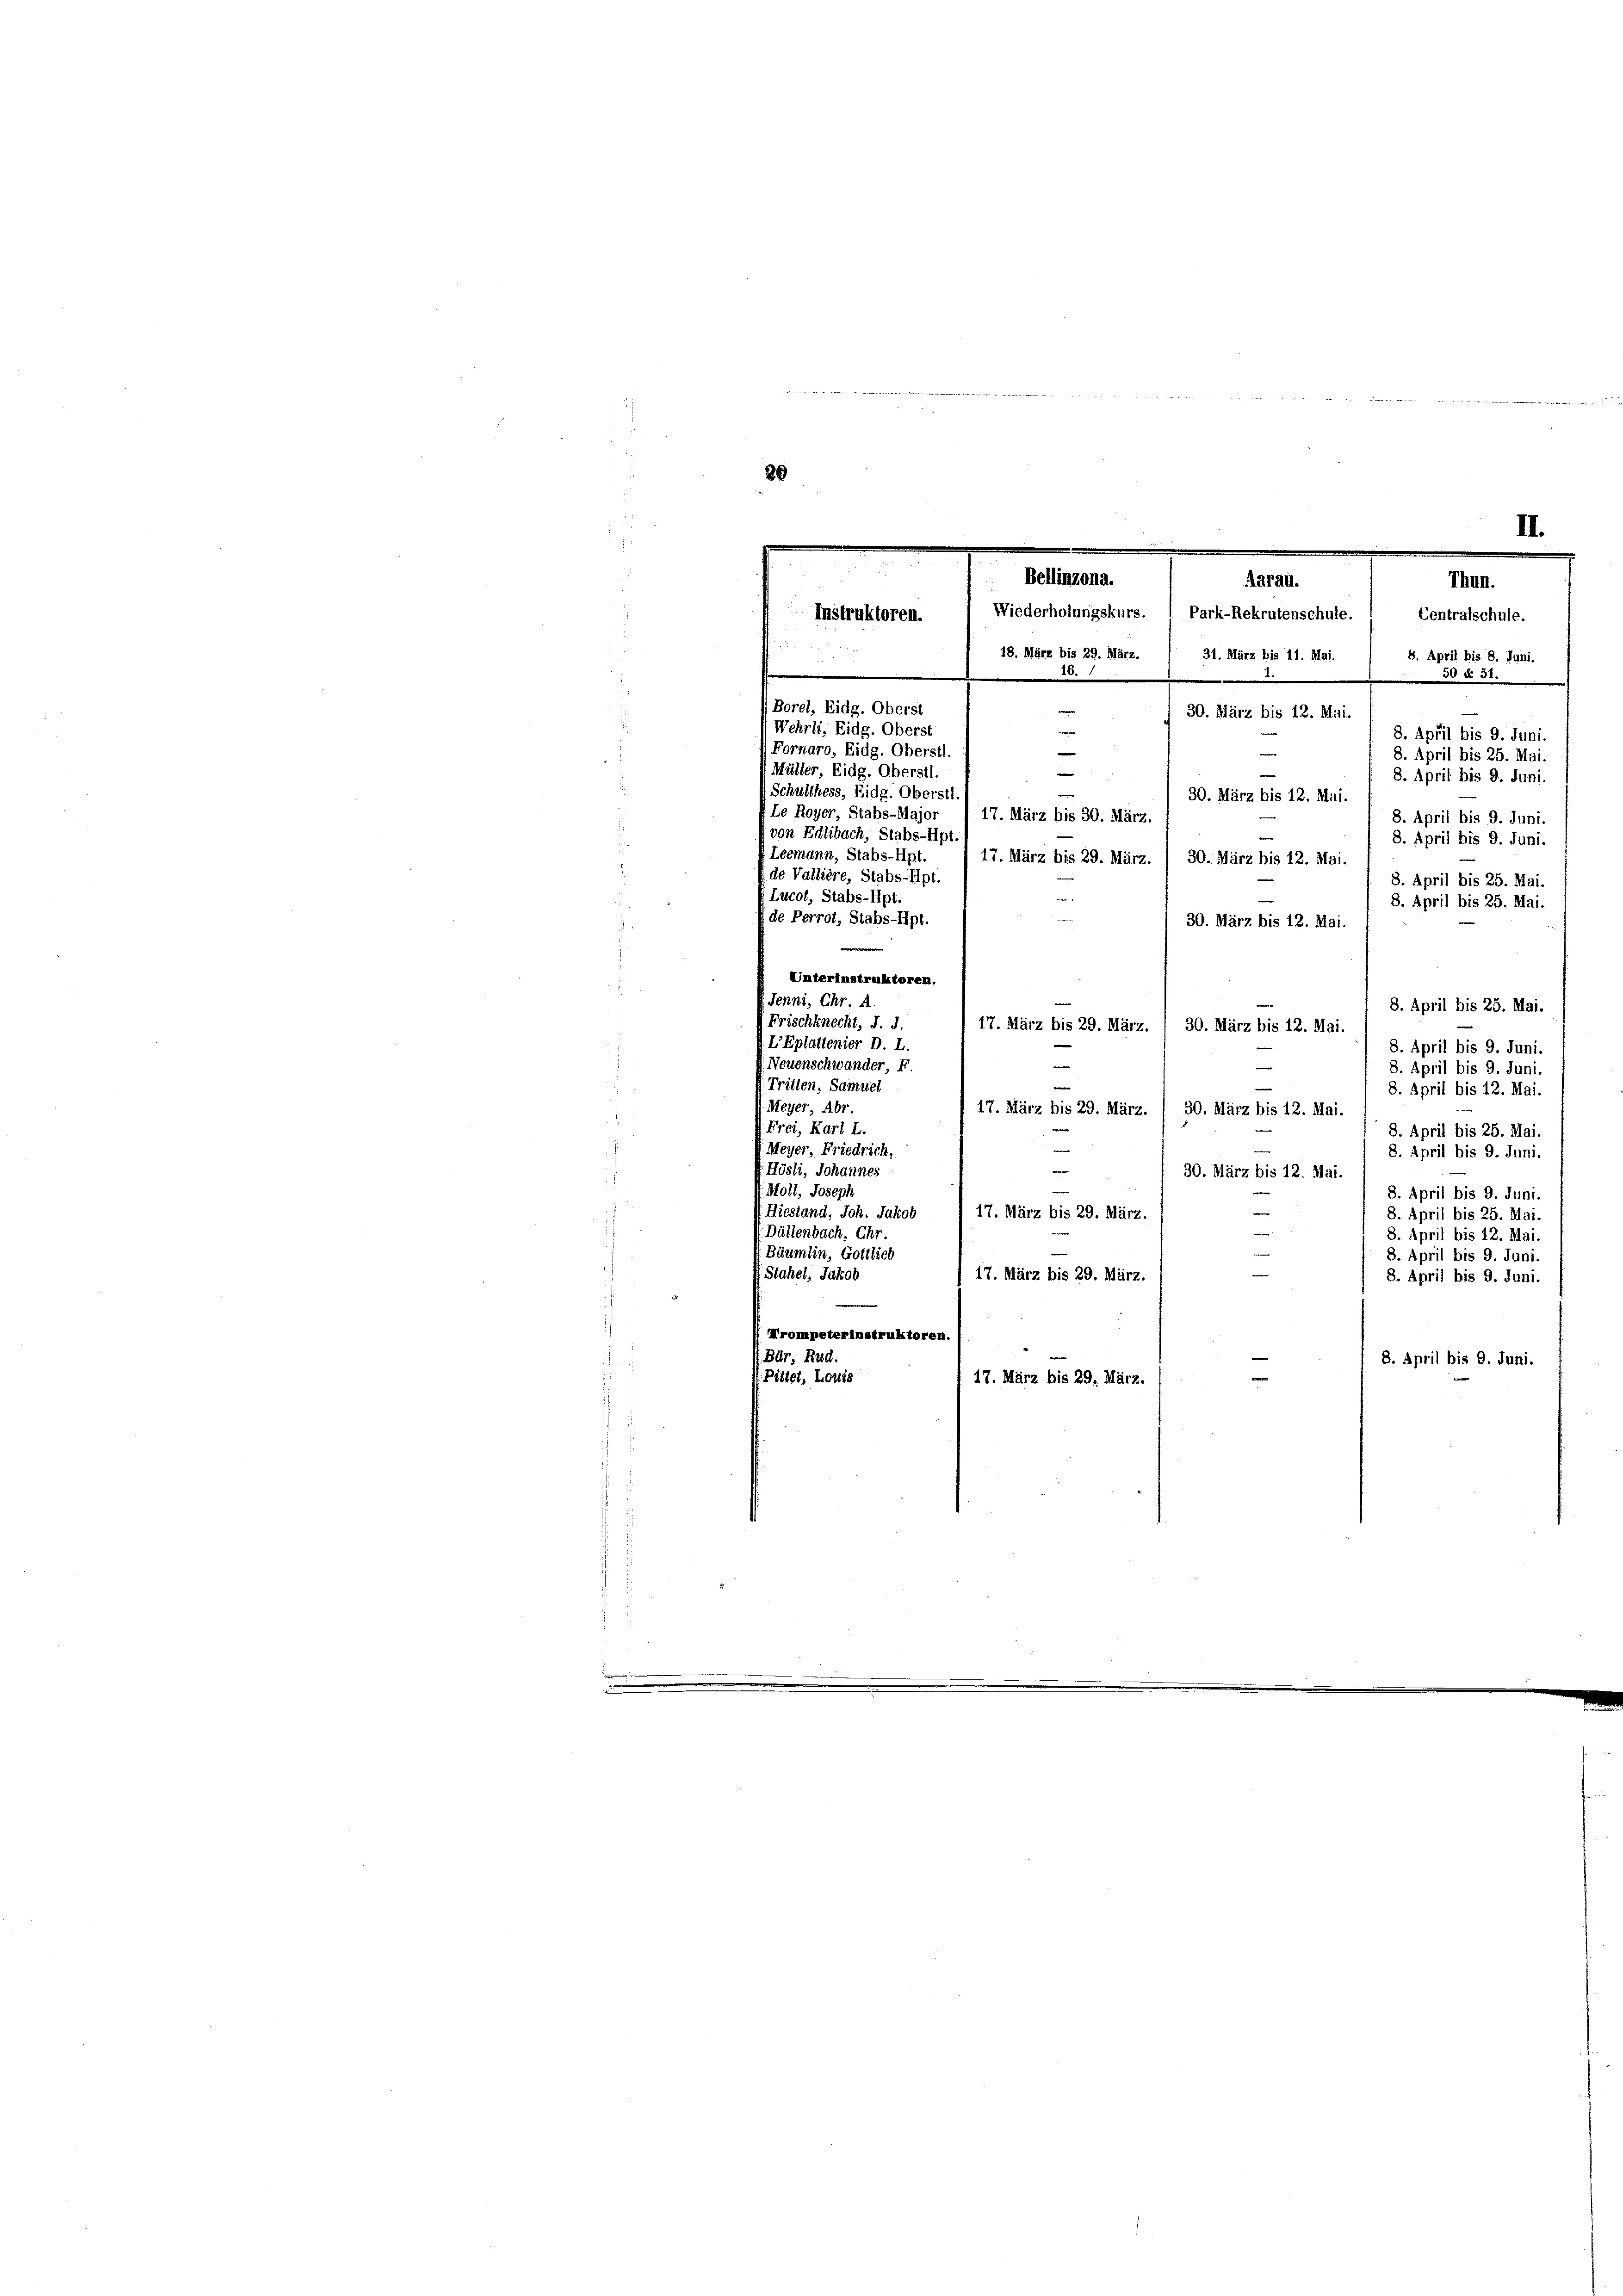
2
F
20

i

II.
Bellinzona.
Aarau.
Thun.
Wiederholungskurs. 1 Park-Rekrutenschule.  Centrafschule.
Instruktoren.
18. März bis 29. März
31. März bis 11. Mai.
8. April bis 8. Juni.
10. 1
50 § 31.

30. März bis 12. Miti.

Borel, Eidg. Oberst

Wehrli, Eidg. Oberst
e
8. April bis 9. Juni.
Fornaro, Eidg. Oberstl.
e
e
8. April bis 25. Mai.
(Müller, Eidg. Oberstl.
8. April bis 9. Juni.
Schulthess, Eidg. Oberstl.
30. März bis 12. Miti.
Le Royer, Stabs-Major
17. März bis 30. März.
8. April bis 9. Juni.
(von Edlibach, Stabs-Hpt.
8. April bis 9. Juni.
Leemann, Stabs-Hpt.
17. März bis 29. März. / 30. März bis 12. Mai.
de Vallière, Stabs-Apt.
8. April bis 25. Mai.
Lucot, Stabs-Hpt.
3. April bis 25. Mai.
de Perrot, Stabs-Hpt.
30. März bis 12. Mai
d
Unterinstruktoren.
Jenni, Chr. A.
8. April bis 25. Mai.
Frischknecht, I. d.
17. März bis 29. März. / 30. März bis 12. Mai
V. LEplattenier D. L.
8. April bis 9. Juni.
v. Neuenschwander Er
8. April bis 9. Juni
V. Tritten, Samuel
8. April bis 12. Mai
Meyer, Abr.
17. März bis 29. März. / 30. März bis 12. Mai.
Frei, Karl L.
8. April bis 25. Mai.
e
Meyer, Friedrich,
8. April bis 9. Juni
e
Hösli, Johannes
30. März bis 12. Mai.
Noll, Joseph
8. April bis 9. Juni.
e
Hiestand, Joh. Jakob
17. März bis 29. März.
8. April bis 25. Mai
e
Düllenbach, Chr.
8. April bis 12. Mai.
Bäumlin, Gottlieb
8. April bis 9. Juni.
17. März bis 29. März,
tahel, Jakob
8. April bis 9. Juni
Hrompeterinstruktoren.
Bür, Rud.
8. April bis 9. Juni.
 Pittet. Louis
17. März bis 29. März.